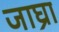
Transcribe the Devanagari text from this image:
जाघ्रा